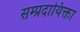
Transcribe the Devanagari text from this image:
सम्प्रदायिक्ता